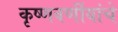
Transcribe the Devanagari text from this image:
कृष्णवर्णीयांचे